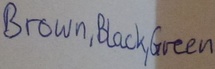
Text: Brown,Black,Green